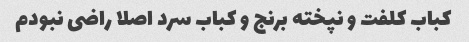
کباب کلفت و نپخته برنج و کباب سرد اصلا راضی نبودم